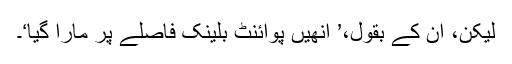
لیکن، اُن کے بقول،’ اُنھیں پوائنٹ بلینک فاصلے پر مارا گیا‘۔